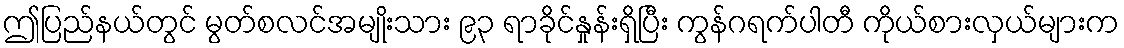
ဤပြည်နယ်တွင် မွတ်စလင်အမျိုးသား ၉၃ ရာခိုင်နှုန်းရှိပြီး ကွန်ဂရက်ပါတီ ကိုယ်စားလှယ်များက